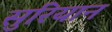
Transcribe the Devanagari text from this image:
सुरियान